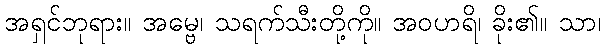
အရှင်ဘုရား။ အမ္ဗေ၊ သရက်သီးတို့ကို။ အဝဟရိ၊ ခိုး၏။ သာ၊